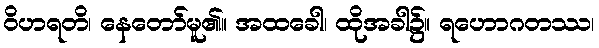
ဝိဟရတိ၊ နေတော်မူ၏။ အထခေါ၊ ထိုအခါ၌။ ရဟောဂတဿ၊